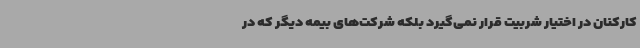
کارکنان در اختیار شربیت قرار نمی‌گیرد بلکه شرکت‌های بیمه دیگر که در